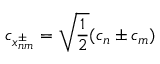
c _ { x _ { n m } ^ { \pm } } = \sqrt { \frac { 1 } { 2 } } ( c _ { n } \pm c _ { m } )